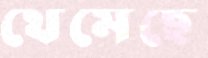
থেমেছে